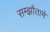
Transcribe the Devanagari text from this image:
सम्झौतामे